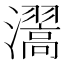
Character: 瀥